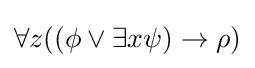
\forall z((\phi \lor \exists x\psi )\rightarrow \rho )